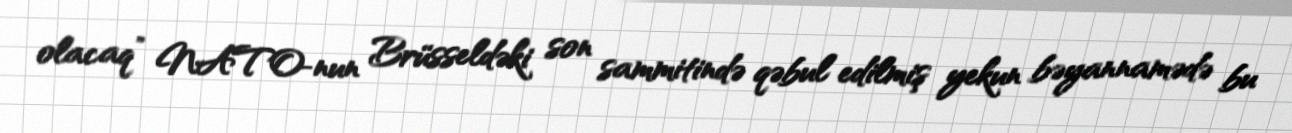
olacaq” NATO-nun Brüsseldəki son sammitində qəbul edilmiş yekun bəyannamədə bu